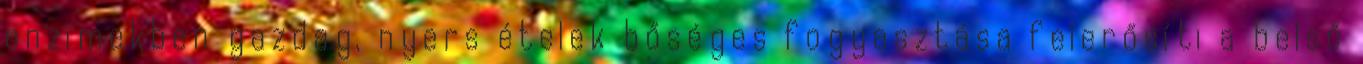
enzimekben gazdag, nyers ételek bőséges fogyasztása felerősíti a belső